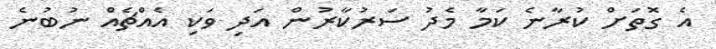
އެ ގޮތަށް ކުރާނެ ކަމާ މެދު ސަރުކާރުން އަދި ވަކި އެއްޗެއް ނުބުނެ